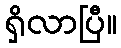
ရှိလာပြီ။